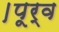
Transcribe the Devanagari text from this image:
।पूर्व